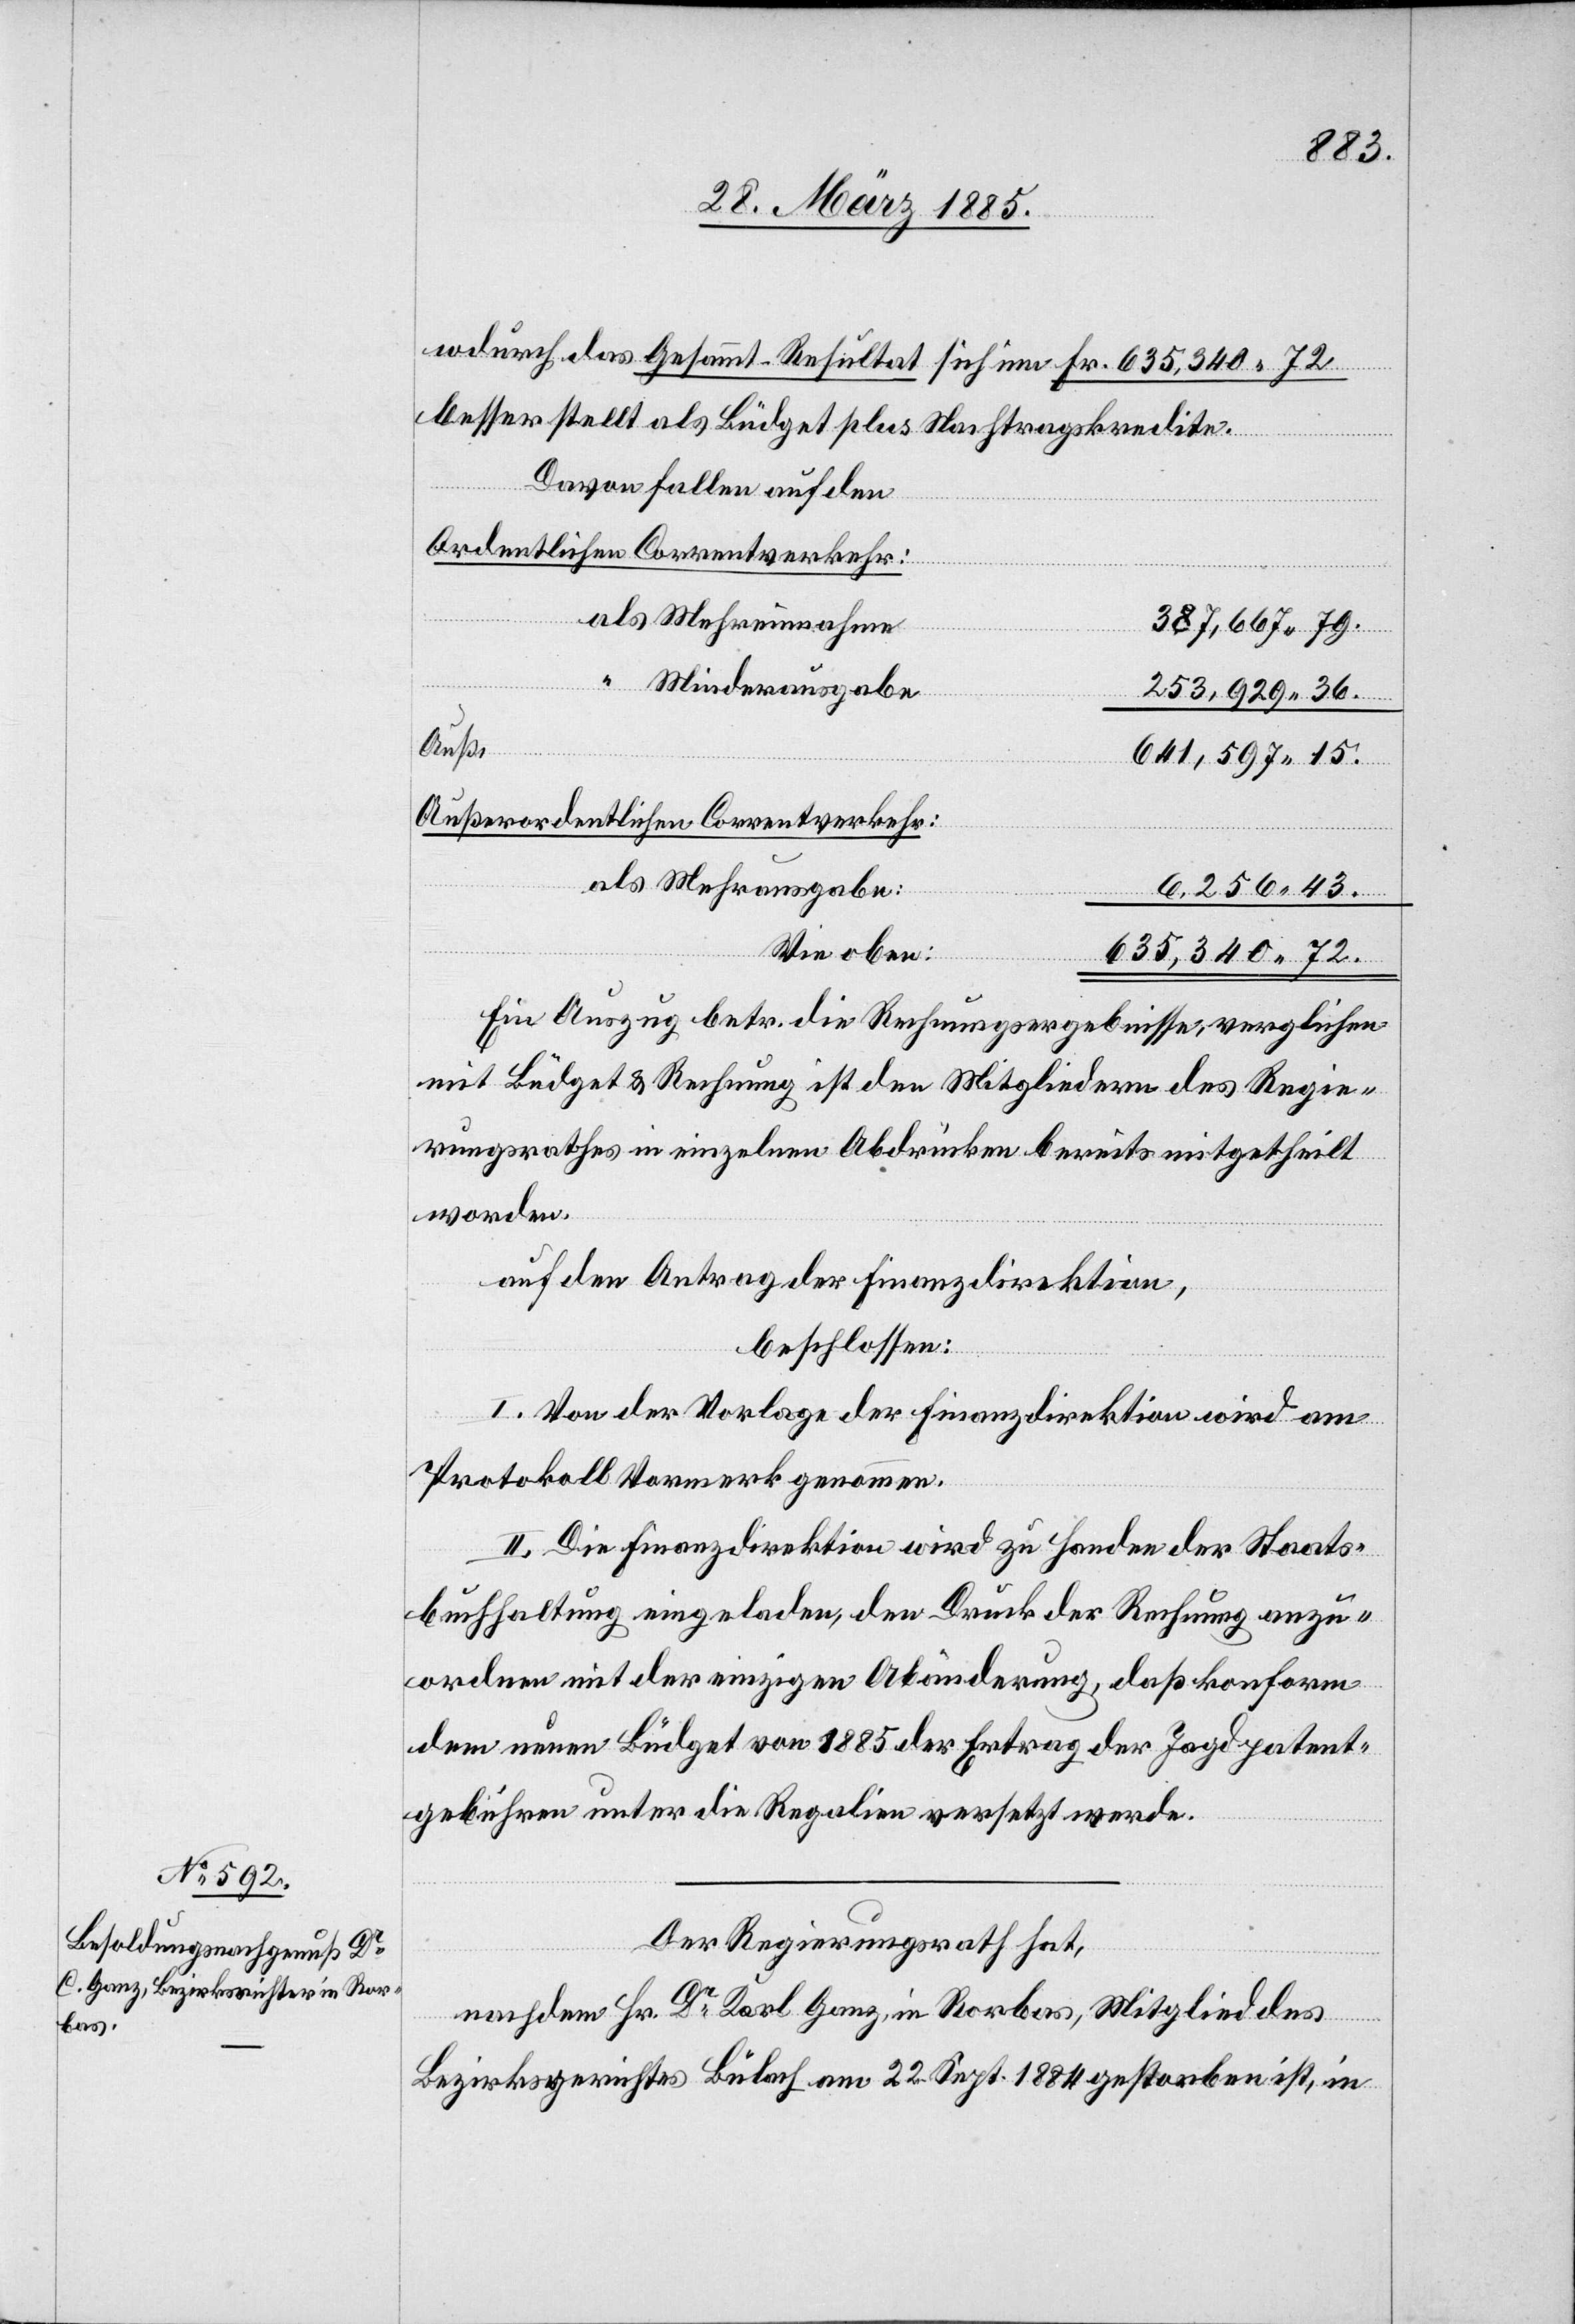
w[o]durch das Gesammt-Resultat sich um Fr. 635,340 72
besser stellt als Büdget plus Nachtragskredite.
Davon fallen auf den
Ordentlicher Correntverkehr:
als Mehreinnahme
387,667 79.
“ Minderausgabe
253,929 36.
641,597 15.
Außerordentlicher Correntverkehr:
als Mehrausgabe:
6,256 43.
Wie oben:
635,340 72.
Ein Auszug betr. die Rechnungsergebnisse, verglichen
mit Büdget & Rechnung ist den Mitgliedern des Regie¬
rungsrathes in einzelnen Abdrücken bereits mitgetheilt
worden.
auf den Antrag der Finanzdirektion,
beschlossen:
I. Von der Vorlage der Finanzdirektion wird am
Protokoll Vormerk genommen.
II. Die Finanzdirektion wird zu Handen der Staats¬
buchhaltung eingeladen, den Druck der Rechnung anzu¬
ordnen mit der einzigen Abänderung, daß konform
dem neuen Büdget von 1885 der Ertrag der Jagdpatent¬
gebühren unter die Regalien versetzt werde.
Der Regierungsrath hat,
nachdem Hr. Dr Karl Ganz, in Rorbas, Mitglied des
Bezirksgerichtes Bülach am 22. Sept. 1884 gestorben ist, in